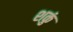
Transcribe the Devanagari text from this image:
शकुं